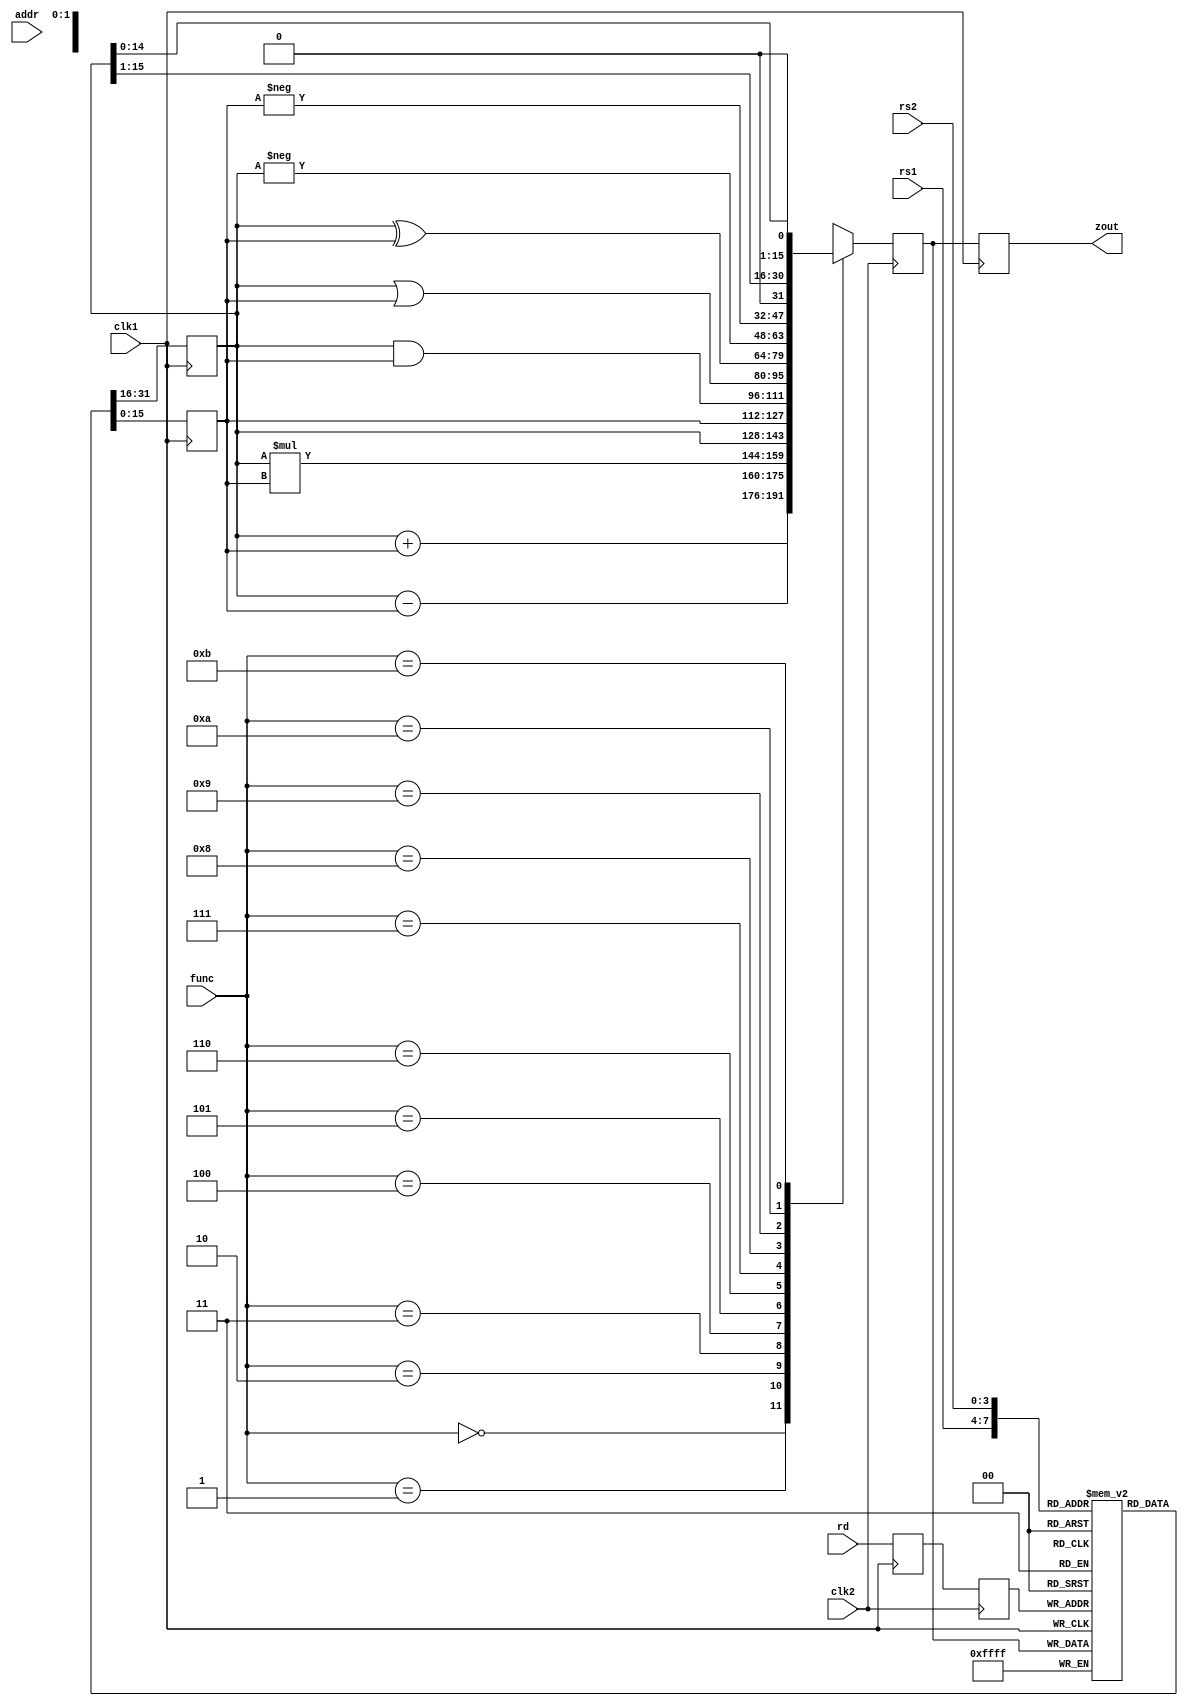
module pipe_ex2(zout,rs1,rs2,rd,func,addr,clk1,clk2);
input [3:0] rs1,rs2,rd,func;
input [7:0] addr;
input clk1,clk2;
output[15:0] zout;
reg [15:0] l12_a,l12_b,l23_z,l34_z;
reg [3:0] l12_rd,l12_func,l23_rd;
reg [7:0] l12_addr,l23_addr,l34_addr;
reg [15:0] regbank [0:15];
reg [15:0] mem[0:255];
assign zout=l34_z;
always@(posedge clk1)
begin
l12_a <= #2 regbank [rs1];
l12_b <= #2 regbank [rs2];    
l12_rd <= #2 rd;
l12_func <= #2 func;
l12_addr <= #2 addr;
end
always@ (negedge clk2)
begin
case (func)
0: l23_z <= #2 l12_a+l12_b;
1: l23_z <= #2 l12_a-l12_b;
2: l23_z <= #2 l12_a*l12_b;
3: l23_z <= #2 l12_a;
4: l23_z <= #2 l12_b;
5: l23_z <= #2 l12_a&l12_b;
6: l23_z <= #2 l12_a|l12_b;
7: l23_z <= #2 l12_a^l12_b;
8: l23_z <= #2 -l12_a;
9: l23_z <= #2 -l12_b;
10: l23_z <= #2 l12_a>>1;
11: l23_z <= #2 l12_a<<1;
default:l23_z <= #2 16'hxxxxxxxxxxxxxxxx;
endcase
l23_rd <= #2 l12_rd;
l23_addr <= l12_addr;
end
always @ (posedge clk1)
begin
regbank [l23_rd] <= #2 l23_z;
l34_z <= #2 l23_z;
l34_addr <= #2 l23_addr;
end
always @(negedge clk2)
begin
mem [l34_addr] <= #2 l34_z;
end
endmodule